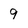
Character: 9